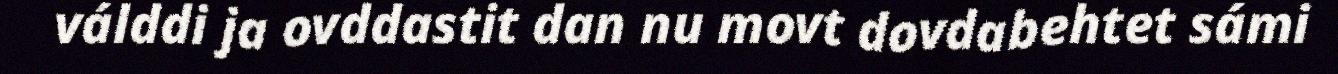
válddi ja ovddastit dan nu movt dovdabehtet sámi